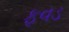
ફૂવડ